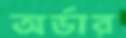
অর্ডার